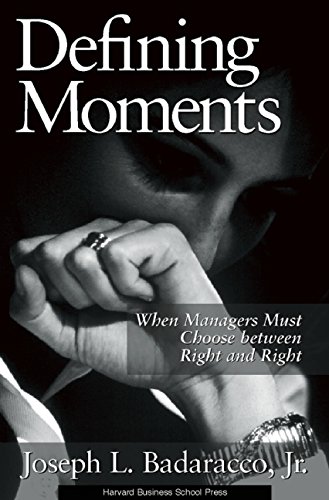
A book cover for Defining Moments: When Managers Must Choose Between Right and Right; Joseph L. Badaracco Jr.; Business & Money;